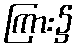
ကြား၌